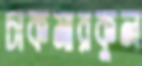
চাকমারকুল